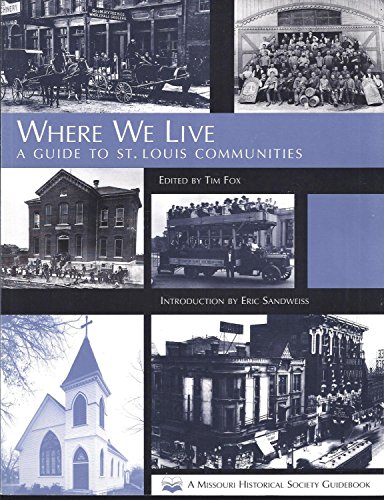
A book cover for Where We Live: A Guide to St. Louis Communities; Travel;